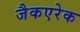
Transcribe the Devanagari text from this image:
जैकएरेक